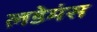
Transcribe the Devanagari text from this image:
लडेमंस